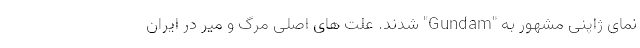
نمای ژاپنی مشهور به "Gundam" شدند. علت های اصلی مرگ و میر در ایران